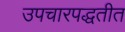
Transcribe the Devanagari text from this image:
उपचारपद्धतीत